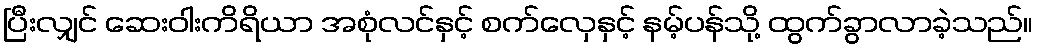
ပြီးလျှင် ဆေးဝါးကိရိယာ အစုံလင်နှင့် စက်လှေနှင့် နမ့်ပန်သို့ ထွက်ခွာလာခဲ့သည်။